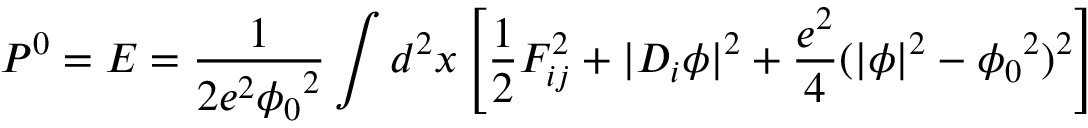
P ^ { 0 } = E = \frac { 1 } { 2 e ^ { 2 } { \phi _ { 0 } } ^ { 2 } } \int d ^ { 2 } x \left[ \frac { 1 } { 2 } F _ { i j } ^ { 2 } + \vert D _ { i } \phi \vert ^ { 2 } + \frac { e ^ { 2 } } { 4 } ( \vert \phi \vert ^ { 2 } - { \phi _ { 0 } } ^ { 2 } ) ^ { 2 } \right]